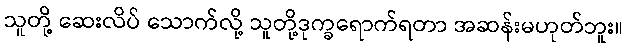
သူတို့ ဆေးလိပ် သောက်လို့ သူတို့ဒုက္ခရောက်ရတာ အဆန်းမဟုတ်ဘူး။